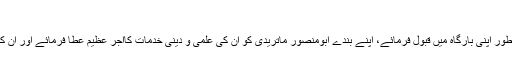
‘‘
اب آخر میں اللہ تعالیٰ سے دعا ہے کہ بندہ ناچیز کی یہ سطور اپنی بارگاہ میں قبول فرمائے، اپنے بندے ابومنصور ماتریدیؒ کو ان کی علمی و دینی خدمات کااجر عظیم عطا فرمائے اور ان کی ان خدمات کو ان کے لیے تا قیامت صدقۂ جاریہ بنائے۔